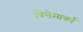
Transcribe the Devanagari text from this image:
विनेमार्का